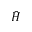
\bar { H }